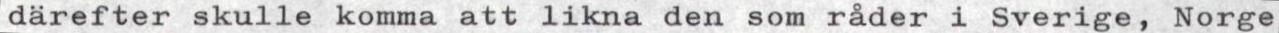
därefter skulle komma att likna den som råder i Sverige, Norge